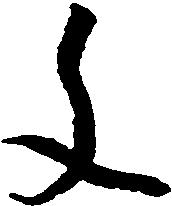
文